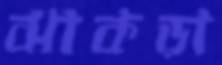
ঝাকড়া